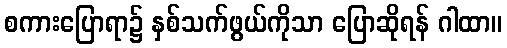
စကားပြောရာ၌ နှစ်သက်ဖွယ်ကိုသာ ပြောဆိုရန် ဂါထာ။